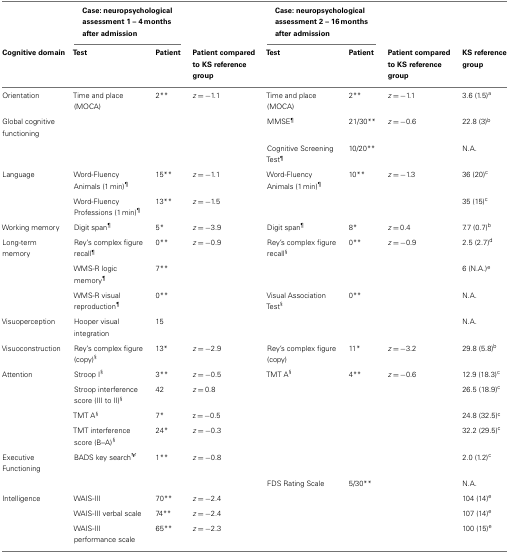
<table><thead><tr><td></td><td colspan="2"><b>Case: neuropsychological assessment 1 – 4 months after admission</b></td><td></td><td colspan="2"><b>Case: neuropsychological assessment 2 – 16 months after admission</b></td><td></td><td></td></tr><tr><td><b>Cognitive domain</b></td><td><b>Test</b></td><td><b>Patient</b></td><td><b>Patient compared to KS reference group</b></td><td><b>Test</b></td><td><b>Patient</b></td><td><b>Patient compared to KS reference group</b></td><td><b>KS reference group</b></td></tr></thead><tbody><tr><td>Orientation</td><td>Time and place (MOCA)</td><td>2**</td><td><i>z</i> = −1.1</td><td>Time and place (MOCA)</td><td>2**</td><td><i>z</i> = −1.1</td><td>3.6 (1.5)<sup>a</sup></td></tr><tr><td>Global cognitive functioning</td><td></td><td></td><td></td><td>MMSE<sup>¶</sup></td><td>21/30**</td><td><i>z</i> = −0.6</td><td>22.8 (3)<sup>b</sup></td></tr><tr><td></td><td></td><td></td><td></td><td>Cognitive Screening Test<sup>¶</sup></td><td>10/20**</td><td></td><td>N.A.</td></tr><tr><td>Language</td><td>Word-Fluency Animals (1 min)<sup>¶</sup></td><td>15**</td><td><i>z</i> = −1.1</td><td>Word-Fluency Animals (1 min)<sup>¶</sup></td><td>10**</td><td><i>z</i> = −1.3</td><td>36 (20)<sup>c</sup></td></tr><tr><td></td><td>Word-Fluency Professions (1 min)<sup>¶</sup></td><td>13**</td><td><i>z</i> = −1.5</td><td></td><td></td><td></td><td>35 (15)<sup>c</sup></td></tr><tr><td>Working memory</td><td>Digit span<sup>¶</sup></td><td>5*</td><td><i>z</i> = −3.9</td><td>Digit span<sup>¶</sup></td><td>8*</td><td><i>z</i> = 0.4</td><td>7.7 (0.7)<sup>b</sup></td></tr><tr><td>Long-term memory</td><td>Rey’s complex figure recall<sup>¶</sup></td><td>0**</td><td><i>z</i> = −0.9</td><td>Rey’s complex figure recall<sup>§</sup></td><td>0**</td><td><i>z</i> = −0.9</td><td>2.5 (2.7)<sup>d</sup></td></tr><tr><td></td><td>WMS-R logic memory<sup>¶</sup></td><td>7**</td><td></td><td></td><td></td><td></td><td>6 (N.A.)<sup>e</sup></td></tr><tr><td></td><td>WMS-R visual reproduction<sup>¶</sup></td><td>0**</td><td></td><td>Visual Association Test<sup>§</sup></td><td>0**</td><td></td><td>N.A.</td></tr><tr><td>Visuoperception</td><td>Hooper visual integration</td><td>15</td><td></td><td></td><td></td><td></td><td>N.A.</td></tr><tr><td>Visuoconstruction</td><td>Rey’s complex figure (copy)<sup>§</sup></td><td>13*</td><td><i>z</i> = −2.9</td><td>Rey’s complex figure (copy)</td><td>11*</td><td><i>z</i> = −3.2</td><td>29.8 (5.8)<sup>b</sup></td></tr><tr><td>Attention</td><td>Stroop I<sup>§</sup></td><td>3**</td><td><i>z</i> = −0.5</td><td>TMT A<sup>§</sup></td><td>4**</td><td><i>z</i> = −0.6</td><td>12.9 (18.3)<sup>c</sup></td></tr><tr><td></td><td>Stroop interference score (III to II)<sup>§</sup></td><td>42</td><td><i>z</i> = 0.8</td><td></td><td></td><td></td><td>26.5 (18.9)<sup>c</sup></td></tr><tr><td></td><td>TMT A<sup>§</sup></td><td>7*</td><td>z = −0.5</td><td></td><td></td><td></td><td>24.8 (32.5)<sup>c</sup></td></tr><tr><td></td><td>TMT interference score (B–A)<sup>§</sup></td><td>24*</td><td><i>z</i> = −0.3</td><td></td><td></td><td></td><td>32.2 (29.5)<sup>c</sup></td></tr><tr><td>Executive Functioning</td><td>BADS key search<sup>¥</sup></td><td>1**</td><td><i>z</i> = −0.8</td><td></td><td></td><td></td><td>2.0 (1.2)<sup>c</sup></td></tr><tr><td></td><td></td><td></td><td></td><td>FDS Rating Scale</td><td>5/30**</td><td></td><td>N.A.</td></tr><tr><td>Intelligence</td><td>WAIS-III</td><td>70**</td><td><i>z</i> = −2.4</td><td></td><td></td><td></td><td>104 (14)<sup>e</sup></td></tr><tr><td></td><td>WAIS-III verbal scale</td><td>74**</td><td><i>z</i> = −2.4</td><td></td><td></td><td></td><td>107 (14)<sup>e</sup></td></tr><tr><td></td><td>WAIS-III performance scale</td><td>65**</td><td><i>z</i> = −2.3</td><td></td><td></td><td></td><td>100 (15)<sup>e</sup></td></tr></tbody></table>